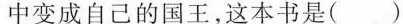
中变成自己的国王，这本书是()